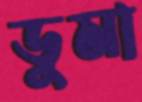
ডুমা